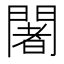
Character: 闍